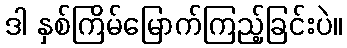
ဒါ နှစ်ကြိမ်မြောက်ကြည့်ခြင်းပဲ။